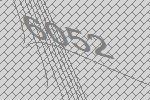
6052